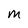
Character: M